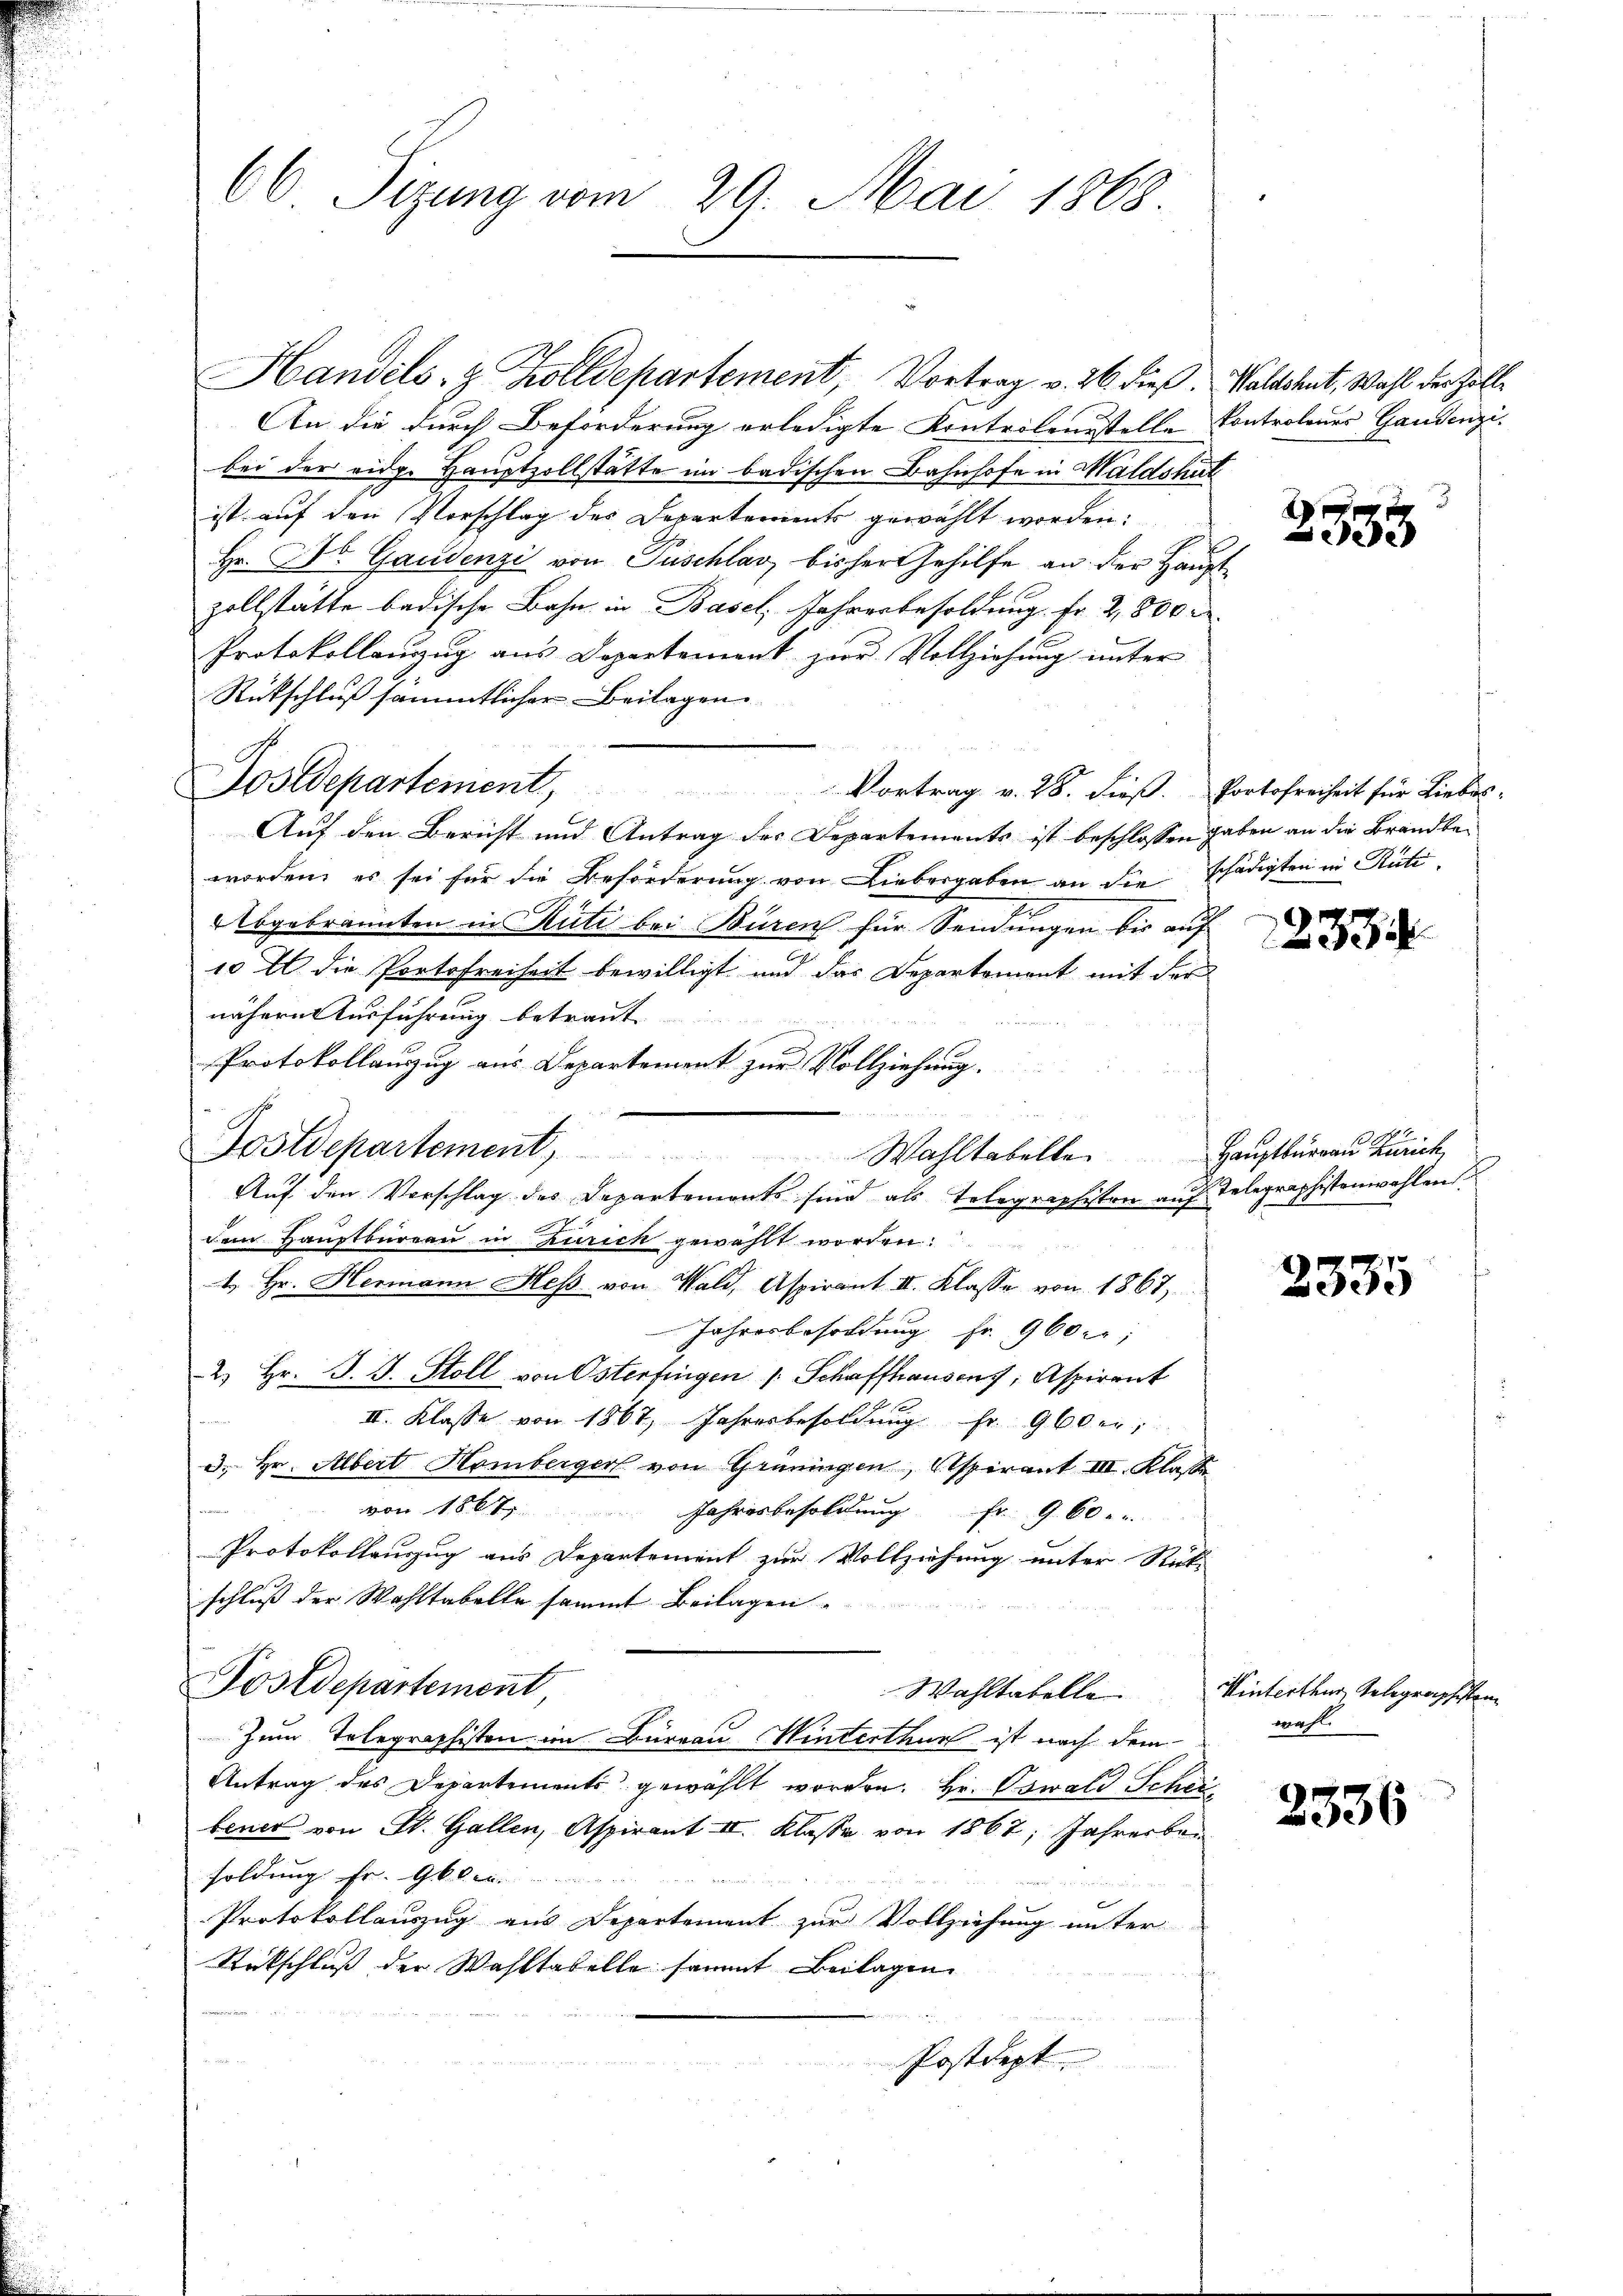
66 Sizung vom 29. Mai 1868

Handels- & Zolldepartement, Vortrag v. 26. dieß. Waldshut, Wahl der Zolle
An die durch Beförderung erledigte Kontrolensstelle Kontrolenes Gandenzibei der eidg. Hauptzollstätte im badischen Bahnhofe in Maldshut
ist auf den Vorschlag des Departements gewählt worden:
Hr. Dr. Gaudenzi von Puschlav bisher Gehilfe an der Hauptzollstätte badische Bahn in Basel, Jahresbesoldung. Fr. 2,800
Protokollanzŭg aŭs Departement zur Vollziehŭng ŭnter
Rütschluß sämmtlicher Beilagen
Postdepartement,
Vortrag v. 28. dieß. Portofreiheit für Liebes-
Auf den Bericht und Antrag der Departements ist beschlossen haben an die Brandbeworden, es sei für die Beförderung von Liebergaben an die schädigten in Rüti
bgebrannten in Rüti bei Büren für Sendungen bis auf
10 Al. die Portofreiheit bewilligt und das Departement mit der
nähere Ausführung betraut.
Protokollauzug aus Departement zur Vollziehung.
Postdepartement, Wahltabelle. Haŭptbüreau Zürich
Auf den Vorschlag des Departemonts sind als Telegraphisten auf Telegraphistenwahlen.
2
dem Hauptbüreau in Zürich gewählt worden:
4. Hr. Hermann Hess von Wald, Aspirant II. Klasse von 1867
Jahresbesoldung Fr. 960 er
2) Hr. J. J. Stoll von Osterfingen / Schaffhausen, Aspirant
an
II. Klasse von 1867, Jahresbesoldung Fr. 960er
3., Hr. Albert Hombergert von Grüningen, Aspirant III. Klasse
von 1867
Jahresbesoldung Fr. 960
Protokollauszug aus Departement zur Vollziehung unter Rücks
schluß der Wohltabelle sammt Beilagen.
Postdepartement,
Wahltabelle
Zum Telegraphisten im Büreau Winterthur ist nach dem
Antrag des Departements gewählt worden. Hr. Oswald Scheibener von St. Gallen, Aspirant II. Klasse von 1867; Jahrerbei
soldung Fr. G. d.
Protokollauszug aus Departement zur Vollziehung unter
Rückschluß der Wahltabelle sammt Beilagen
Postdept.

un

2335

233

2335

Winterthur, Gelegraphisten
wahl.

2336